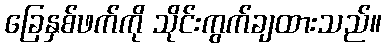
ခြေနှစ်ဖက်ကို သိုင်းကွက်ချထားသည်။